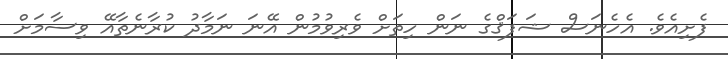
ފެށިއެވެ. އެހެނަސް ޝަފަޤްގެ ނަން ހިތަށް ވެރިވުމުން އޭނަ ނަމާދު ކުރާނެތާއޭ ވިސާމަށް